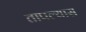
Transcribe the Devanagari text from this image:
तापल्यास